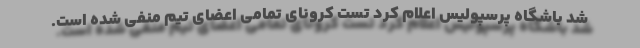
شد باشگاه پرسپولیس اعلام کرد تست کرونای تمامی اعضای تیم منفی شده است.